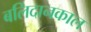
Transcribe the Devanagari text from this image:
बलिदानकाल